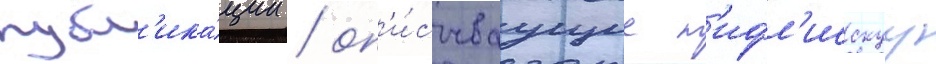
публ'ика́ции / оп'и́сываущие т'ифл'исскуу